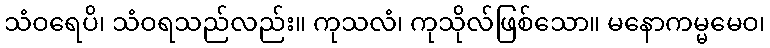
သံဝရေပိ၊ သံဝရသည်လည်း။ ကုသလံ၊ ကုသိုလ်ဖြစ်သော။ မနောကမ္မမေဝ၊